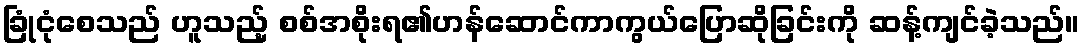
ခြုံငုံစေသည် ဟူသည့် စစ်အစိုးရ၏ဟန်ဆောင်ကာကွယ်ပြောဆိုခြင်းကို ဆန့်ကျင်ခဲ့သည်။